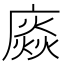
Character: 𢊽